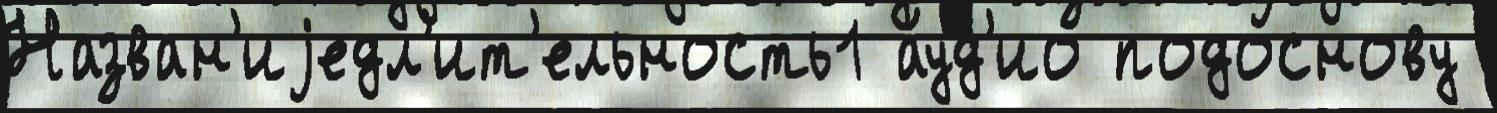
Назван'иjедл'ит'ельность1 а́уд'ио подоснову